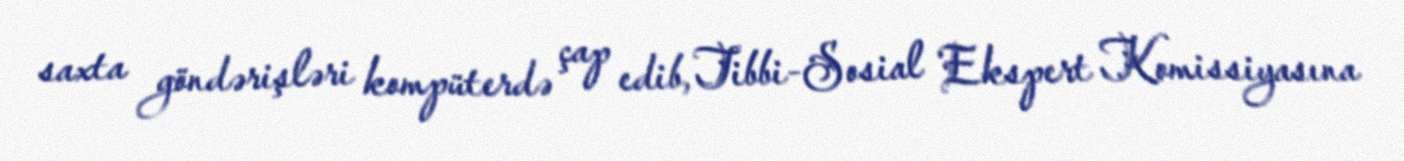
saxta göndərişləri kompüterdə çap edib, Tibbi-Sosial Ekspert Komissiyasına